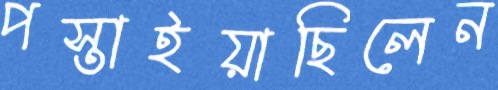
পস্তাইয়াছিলেন